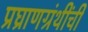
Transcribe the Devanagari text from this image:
प्रघ्राणग्रंथींची